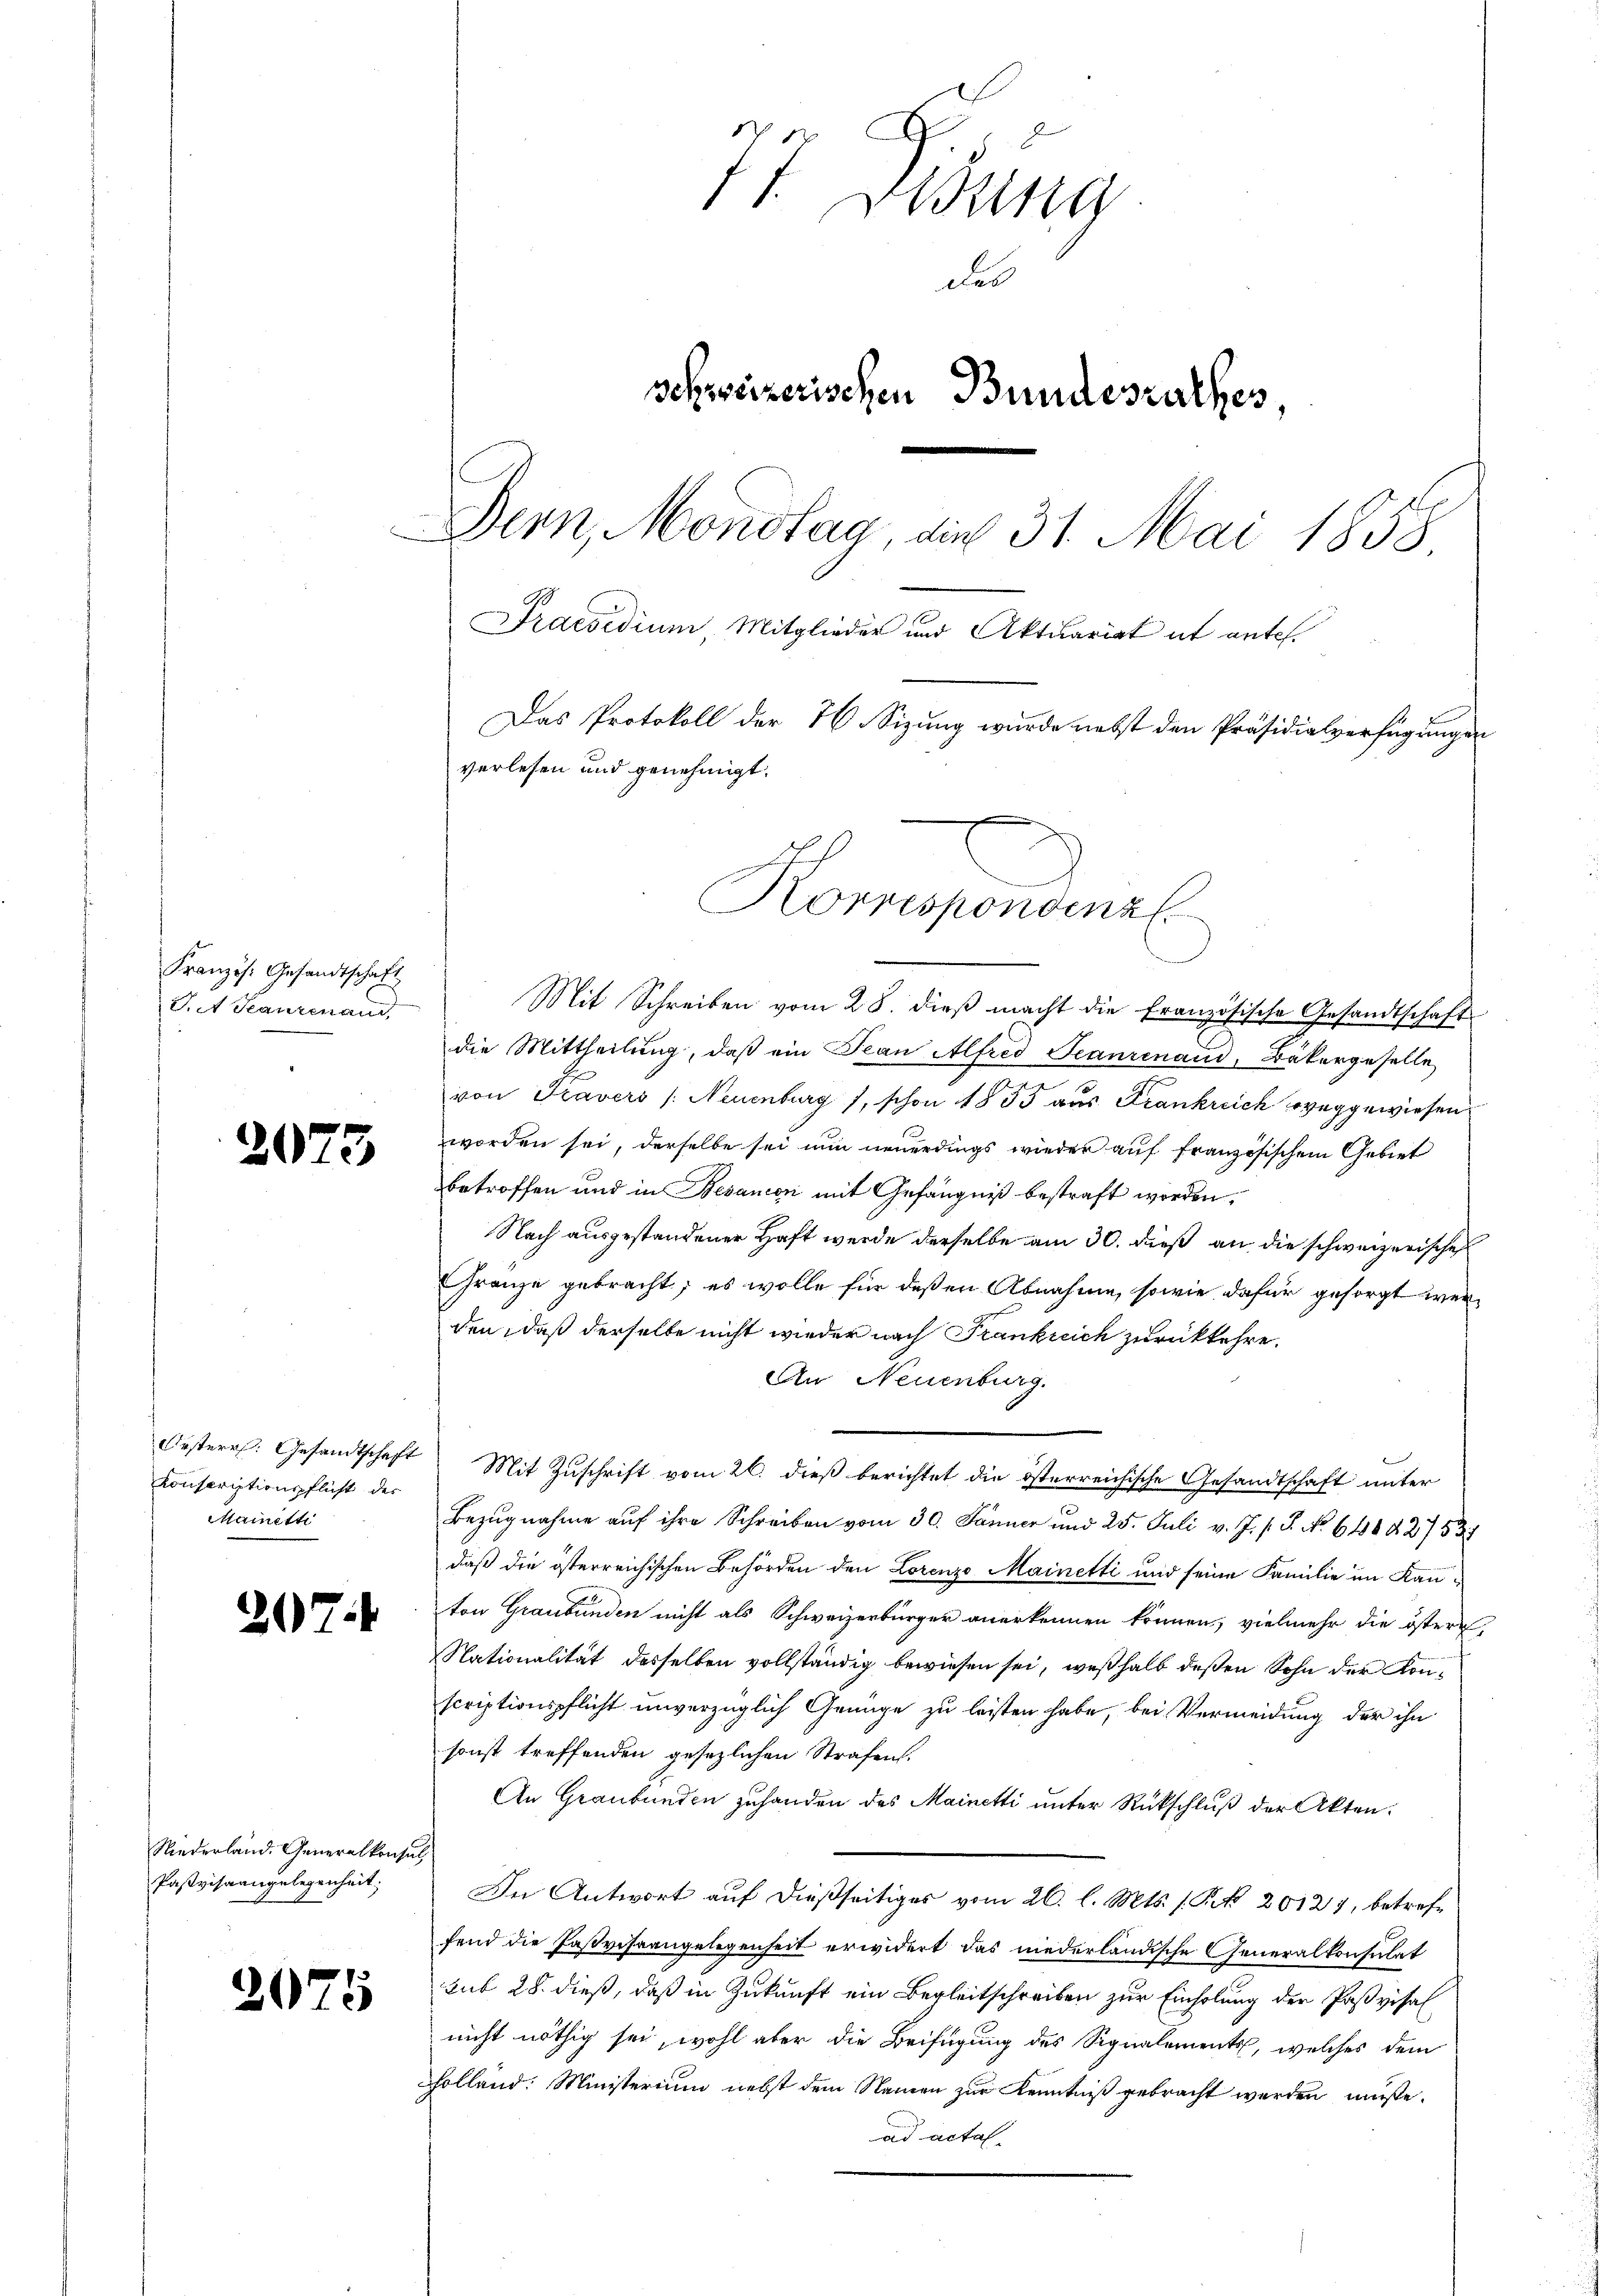
Französ. Gesandtschaft
V. Trautenan

2

Orsterr. Gesandtschaft
Konscriptionspflicht der
Mainetti

3

207.

Niederland. Generalkonsul
Pastvisaengelegenheit.

2075

77 Debung
des
schweizerischen Bundesrathes,
Dern, Mondtag, die 31. Mai 1858.
Praesidium Mitglieder und Aktuariat it ante.
Das Protokoll der 76. Sizung wurde nebst den Präsidialverfügungen
verlesen und genehmigt.
Korrespondinal

Mit Schreiben vom 28. dieß macht die Französische Gesandtschaft
die Mittheilung, daß ein Jean Alfred Seanzenaud, Bekargeselle
von Fravers /: Neuenburg /, schon 1833 aus Frankreich weggewiesen.
worden sei, derselbe sei nun neuerdings wieder auf französischem Gebiet
betroffen und in Besanon mit Gefängniß bestraft worden,
Nach ausgestandener Haft werde derselbe am 30. dieß an die schweizerische
Gränze gebracht; es wolle für deßen Abnahme, sowie dafür gesorgt werden, daß derselbe nicht wieder nach Frankreich zurückkehre.
An Neuenburg.
Mit Zuschrift vom 26. dieß berichtet die österreichische Gesandtschaft unter
Bezugnahme auf ihre Schreiben vom 30. Jänner und 25. Juli v. J. s. S. No. 64842753/
daß die österreichischen Behörden den Lorenze Mainetti und seine Familie im Kanton Graubünden nicht als Schweizerbürger anerkennen können, vielmehr die östern,
Nationalität desselben vollständig bewiesen sei, weßhalb deßen Sohn der Konscriptionspflicht unverzüglich Genüge zu leisten habe, bei Vermeidung der ihn
sonst treffenden gesezlichen Strafen.
An Graubünden zuhanden des Mainetti unter Rückschluß der Akten.
In Antwort auf dießseitiges vom 26. l. Mts. s. Frk. 20127, betreffend die Fastvihrangelegenheit erwidert das niederländische Generalkonsulat
sub 28. dieß, daß in Zukunft ein Begleitschreiben zur Einholung der Paßvisal
nicht nöthig sei, wohl aber die Beifügung des Signalements, welches dem
bolland: Ministerium nebst dem Namen zur Kenntniß gebracht worden müße.
ad actal-

aisieren ent